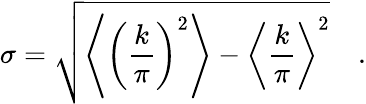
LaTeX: \sigma=\sqrt{\left\langle\left({\frac{k}{\pi}}\right)^{2}\right\rangle-\left\langle{\frac{k}{\pi}}\right\rangle^{2}}\quad.